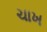
ચાખ